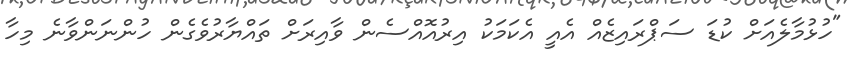
"ހުޅުމާލެއަށް ކުޑަ ސަޕްރައިޒެއް އެއީ އެކަމަކު އިރުއޮއްސެން ވާއިރަށް ތައްޔާރުވެގެން ހުންނަންވާނެ މިހާ